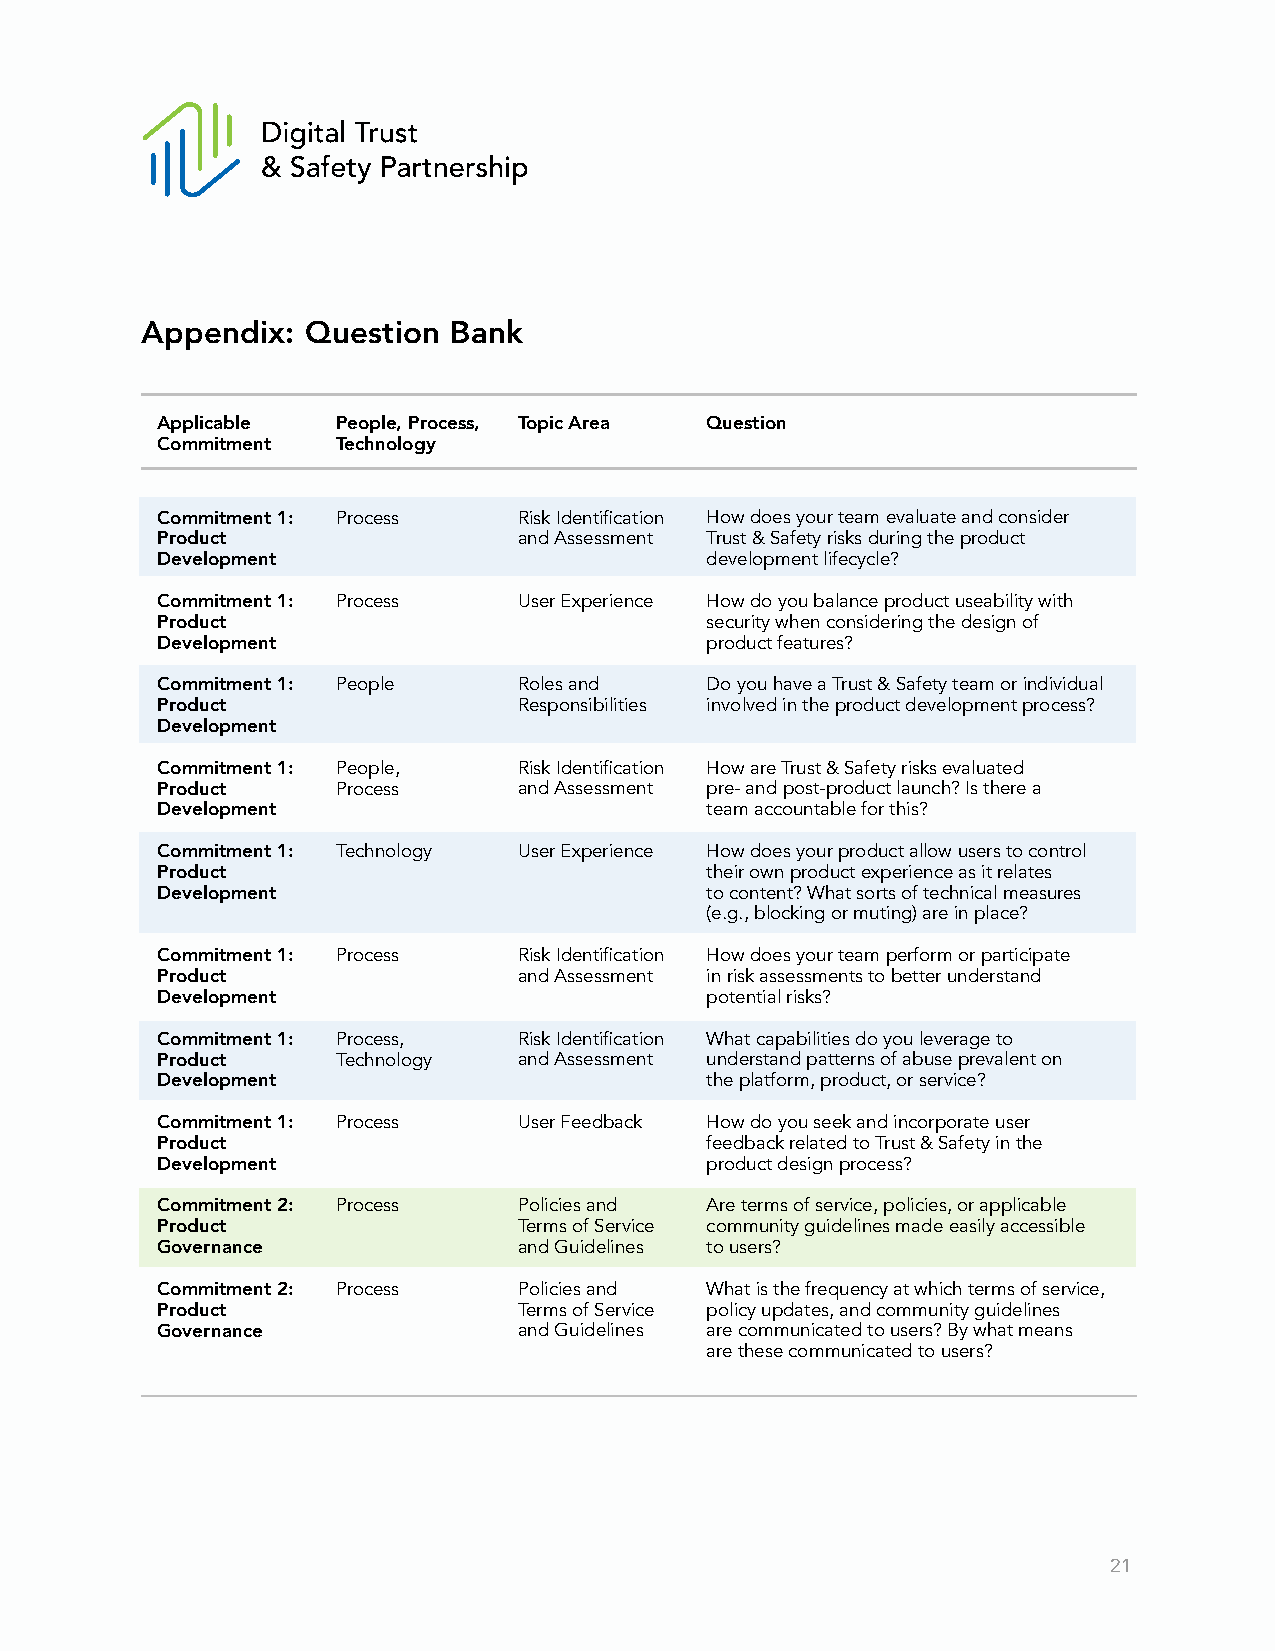
Appendix:  Question  Bank
 Applicable  People, Process, Topic Area Question
 Commitment  Technology
 Commitment 1: Process   Risk Identification How does your team evaluate and consider
 Product                 and Assessment Trust & Safety risks during the product
 Development                          development lifecycle?
 Commitment 1: Process   User Experience How do you balance product useability with
 Product                              security when considering the design of
 Development                          product features?
 Commitment 1: People    Roles and    Do you have a Trust & Safety team or individual
 Product                 Responsibilities involved in the product development process?
 Development
 Commitment 1: People,   Risk Identification How are Trust & Safety risks evaluated
 Product     Process     and Assessment pre- and post-product launch? Is there a
 Development                          team accountable for this?
 Commitment 1: Technology User Experience How does your product allow users to control
 Product                              their own product experience as it relates
 Development                          to content? What sorts of technical measures
 (e.g., blocking or muting) are in place?
 Commitment 1: Process   Risk Identification How does your team perform or participate
 Product                 and Assessment in risk assessments to better understand
 Development                          potential risks?
 Commitment 1: Process,  Risk Identification What capabilities do you leverage to
 Product     Technology  and Assessment understand patterns of abuse prevalent on
 Development                          the platform, product, or service?
 Commitment 1: Process   User Feedback How do you seek and incorporate user
 Product                              feedback related to Trust & Safety in the
 Development                          product design process?
 Commitment 2: Process   Policies and Are terms of service, policies, or applicable
 Product                 Terms of Service community guidelines made easily accessible
 Governance              and Guidelines to users?
 Commitment 2: Process   Policies and What is the frequency at which terms of service,
 Product                 Terms of Service policy updates, and community guidelines
 Governance              and Guidelines are communicated to users? By what means
 are these communicated to users?
 21